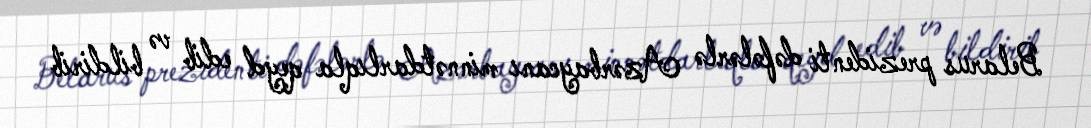
Belarus prezidenti dəfələrlə Azərbaycanı minnətdarlıqla qeyd edib və bildirib